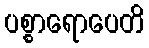
ပစ္စာရောပေတိ